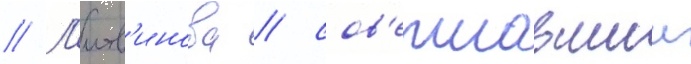
// Л'итв'инова / сов'ершавшии